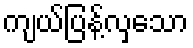
ကျယ်ပြန့်လှသော